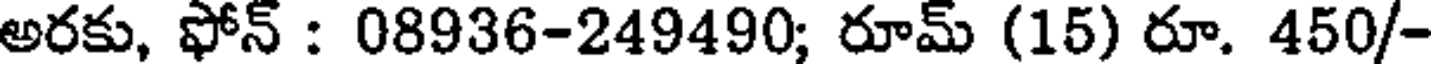
అరకు, ఫోన్ : 08936-249490; రూమ్ (15) రూ. 450/-